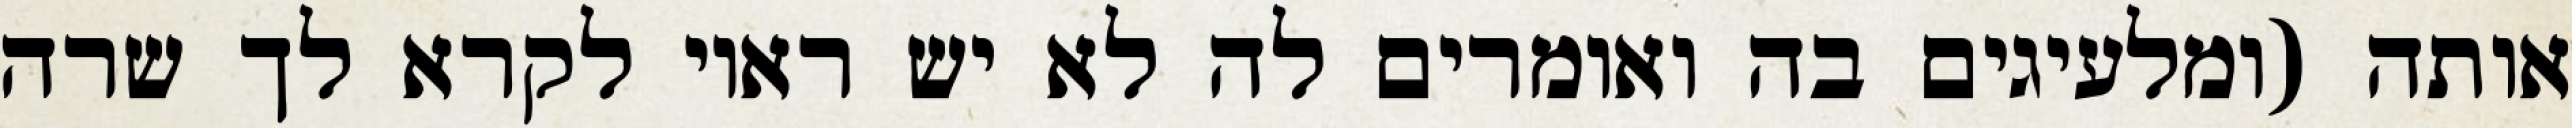
אותה (ומלעיגים בה ואומרים לה לא יש ראוי לקרא לך שרה